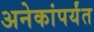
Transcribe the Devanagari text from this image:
अनेकांपर्यंत